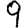
Digit: 9